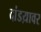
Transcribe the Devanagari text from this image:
दांडय़ावर